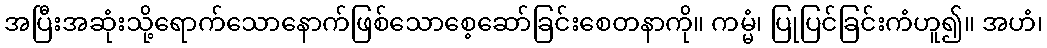
အပြီးအဆုံးသို့ရောက်သောနောက်ဖြစ်သောစေ့ဆော်ခြင်းစေတနာကို။ ကမ္မံ၊ ပြုပြင်ခြင်းကံဟူ၍။ အဟံ၊